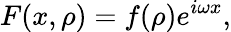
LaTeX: F(x,\rho)=f(\rho)e^{i\omega x},